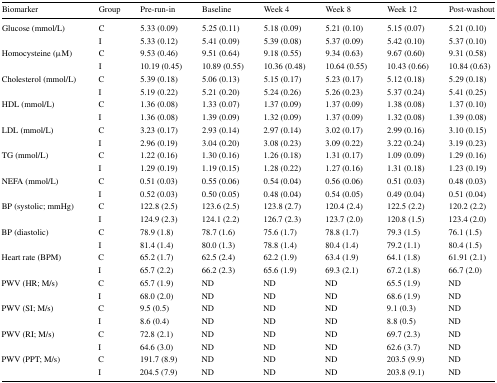
<table><thead><tr><td><b>Biomarker</b></td><td><b>Group</b></td><td><b>Pre-run-in</b></td><td><b>Baseline</b></td><td><b>Week 4</b></td><td><b>Week 8</b></td><td><b>Week 12</b></td><td><b>Post-washout</b></td></tr></thead><tbody><tr><td>Glucose (mmol/L)</td><td>C</td><td>5.33 (0.09)</td><td>5.25 (0.11)</td><td>5.18 (0.09)</td><td>5.21 (0.10)</td><td>5.15 (0.07)</td><td>5.21 (0.10)</td></tr><tr><td></td><td>I</td><td>5.33 (0.12)</td><td>5.41 (0.09)</td><td>5.39 (0.08)</td><td>5.37 (0.09)</td><td>5.42 (0.10)</td><td>5.37 (0.10)</td></tr><tr><td>Homocysteine (μM)</td><td>C</td><td>9.53 (0.46)</td><td>9.51 (0.64)</td><td>9.18 (0.55)</td><td>9.34 (0.63)</td><td>9.67 (0.60)</td><td>9.31 (0.58)</td></tr><tr><td></td><td>I</td><td>10.19 (0.45)</td><td>10.89 (0.55)</td><td>10.36 (0.48)</td><td>10.64 (0.55)</td><td>10.43 (0.66)</td><td>10.84 (0.63)</td></tr><tr><td>Cholesterol (mmol/L)</td><td>C</td><td>5.39 (0.18)</td><td>5.06 (0.13)</td><td>5.15 (0.17)</td><td>5.23 (0.17)</td><td>5.12 (0.18)</td><td>5.29 (0.18)</td></tr><tr><td></td><td>I</td><td>5.19 (0.22)</td><td>5.21 (0.20)</td><td>5.24 (0.26)</td><td>5.26 (0.23)</td><td>5.37 (0.24)</td><td>5.41 (0.25)</td></tr><tr><td>HDL (mmol/L)</td><td>C</td><td>1.36 (0.08)</td><td>1.33 (0.07)</td><td>1.37 (0.09)</td><td>1.37 (0.09)</td><td>1.38 (0.08)</td><td>1.37 (0.10)</td></tr><tr><td></td><td>I</td><td>1.36 (0.08)</td><td>1.39 (0.09)</td><td>1.32 (0.09)</td><td>1.37 (0.09)</td><td>1.32 (0.08)</td><td>1.39 (0.08)</td></tr><tr><td>LDL (mmol/L)</td><td>C</td><td>3.23 (0.17)</td><td>2.93 (0.14)</td><td>2.97 (0.14)</td><td>3.02 (0.17)</td><td>2.99 (0.16)</td><td>3.10 (0.15)</td></tr><tr><td></td><td>I</td><td>2.96 (0.19)</td><td>3.04 (0.20)</td><td>3.08 (0.23)</td><td>3.09 (0.22)</td><td>3.22 (0.24)</td><td>3.19 (0.23)</td></tr><tr><td>TG (mmol/L)</td><td>C</td><td>1.22 (0.16)</td><td>1.30 (0.16)</td><td>1.26 (0.18)</td><td>1.31 (0.17)</td><td>1.09 (0.09)</td><td>1.29 (0.16)</td></tr><tr><td></td><td>I</td><td>1.29 (0.19)</td><td>1.19 (0.15)</td><td>1.28 (0.22)</td><td>1.27 (0.16)</td><td>1.31 (0.18)</td><td>1.23 (0.19)</td></tr><tr><td>NEFA (mmol/L)</td><td>C</td><td>0.51 (0.03)</td><td>0.55 (0.06)</td><td>0.54 (0.04)</td><td>0.56 (0.06)</td><td>0.51 (0.03)</td><td>0.48 (0.03)</td></tr><tr><td></td><td>I</td><td>0.52 (0.03)</td><td>0.50 (0.05)</td><td>0.48 (0.04)</td><td>0.54 (0.05)</td><td>0.49 (0.04)</td><td>0.51 (0.04)</td></tr><tr><td>BP (systolic; mmHg)</td><td>C</td><td>122.8 (2.5)</td><td>123.6 (2.5)</td><td>123.8 (2.7)</td><td>120.4 (2.4)</td><td>122.5 (2.2)</td><td>120.2 (2.2)</td></tr><tr><td></td><td>I</td><td>124.9 (2.3)</td><td>124.1 (2.2)</td><td>126.7 (2.3)</td><td>123.7 (2.0)</td><td>120.8 (1.5)</td><td>123.4 (2.0)</td></tr><tr><td>BP (diastolic)</td><td>C</td><td>78.9 (1.8)</td><td>78.7 (1.6)</td><td>75.6 (1.7)</td><td>78.8 (1.7)</td><td>79.3 (1.5)</td><td>76.1 (1.5)</td></tr><tr><td></td><td>I</td><td>81.4 (1.4)</td><td>80.0 (1.3)</td><td>78.8 (1.4)</td><td>80.4 (1.4)</td><td>79.2 (1.1)</td><td>80.4 (1.5)</td></tr><tr><td>Heart rate (BPM)</td><td>C</td><td>65.2 (1.7)</td><td>62.5 (2.4)</td><td>62.2 (1.9)</td><td>63.4 (1.9)</td><td>64.1 (1.8)</td><td>61.91 (2.1)</td></tr><tr><td></td><td>I</td><td>65.7 (2.2)</td><td>66.2 (2.3)</td><td>65.6 (1.9)</td><td>69.3 (2.1)</td><td>67.2 (1.8)</td><td>66.7 (2.0)</td></tr><tr><td>PWV (HR; M/s)</td><td>C</td><td>65.7 (1.9)</td><td>ND</td><td>ND</td><td>ND</td><td>65.5 (1.9)</td><td>ND</td></tr><tr><td></td><td>I</td><td>68.0 (2.0)</td><td>ND</td><td>ND</td><td>ND</td><td>68.6 (1.9)</td><td>ND</td></tr><tr><td>PWV (SI; M/s)</td><td>C</td><td>9.5 (0.5)</td><td>ND</td><td>ND</td><td>ND</td><td>9.1 (0.3)</td><td>ND</td></tr><tr><td></td><td>I</td><td>8.6 (0.4)</td><td>ND</td><td>ND</td><td>ND</td><td>8.8 (0.5)</td><td>ND</td></tr><tr><td>PWV (RI; M/s)</td><td>C</td><td>72.8 (2.1)</td><td>ND</td><td>ND</td><td>ND</td><td>69.7 (2.3)</td><td>ND</td></tr><tr><td></td><td>I</td><td>64.6 (3.0)</td><td>ND</td><td>ND</td><td>ND</td><td>62.6 (3.7)</td><td>ND</td></tr><tr><td>PWV (PPT; M/s)</td><td>C</td><td>191.7 (8.9)</td><td>ND</td><td>ND</td><td>ND</td><td>203.5 (9.9)</td><td>ND</td></tr><tr><td></td><td>I</td><td>204.5 (7.9)</td><td>ND</td><td>ND</td><td>ND</td><td>203.8 (9.1)</td><td>ND</td></tr></tbody></table>